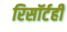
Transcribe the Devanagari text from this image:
रिसॉर्टही